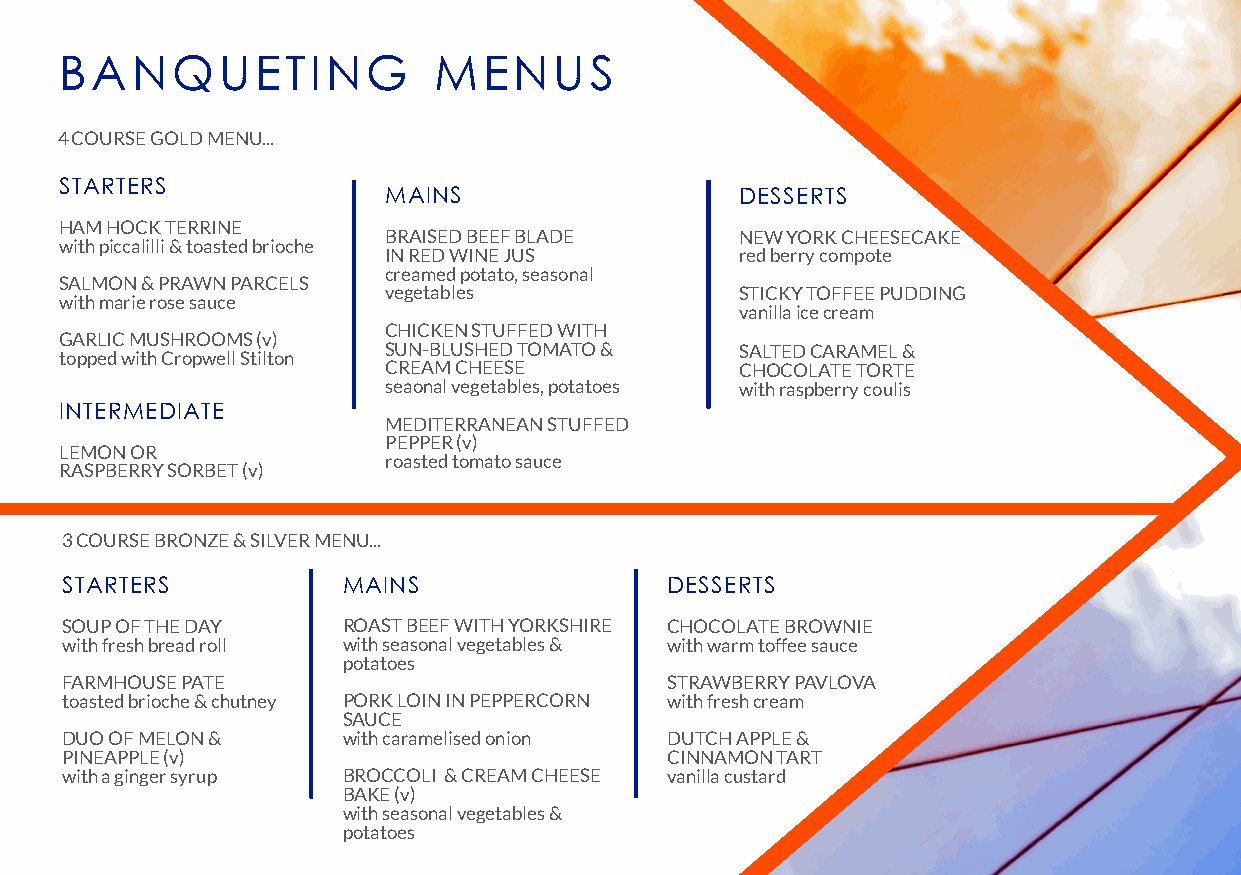
BANQUETING               MENUS
 4 COURSE GOLD MENU...
 STARTERS
 MAINS                   DESSERTS
 HAM HOCK TERRINE
 BRAISED BEEF BLADE      NEW YORK CHEESECAKE
 with piccalilli & toasted brioche
 IN RED WINE JUS         red berry compote
 creamed potato, seasonal
 SALMON & PRAWN PARCELS
 vegetables              STICKY TOFFEE PUDDING
 with marie rose sauce
 vanilla ice cream
 CHICKEN STUFFED WITH
 GARLIC MUSHROOMS (v)
 SUN-BLUSHED TOMATO &    SALTED CARAMEL &
 topped with Cropwell Stilton
 CREAM CHEESE            CHOCOLATE TORTE
 seaonal vegetables, potatoes with raspberry coulis
 INTERMEDIATE
 MEDITERRANEAN STUFFED
 PEPPER (v)
 LEMON OR
 roasted tomato sauce
 RASPBERRY SORBET (v)
 3 COURSE BRONZE & SILVER MENU...
 STARTERS           MAINS                DESSERTS
 SOUP OF THE DAY    ROAST BEEF WITH YORKSHIRE CHOCOLATE BROWNIE
 with fresh bread roll with seasonal vegetables & with warm toffee sauce
 potatoes
 FARMHOUSE PATE                          STRAWBERRY PAVLOVA
 toasted brioche & chutney PORK LOIN IN PEPPERCORN with fresh cream
 SAUCE
 DUO OF MELON &     with caramelised onion DUTCH APPLE &
 PINEAPPLE (v)                           CINNAMON TART
 with a ginger syrup BROCCOLI & CREAM CHEESE vanilla custard
 BAKE (v)
 with seasonal vegetables &
 potatoes